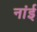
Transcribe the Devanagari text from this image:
नांई